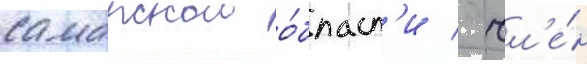
самарскои о́бласт'и / чл'е́н